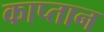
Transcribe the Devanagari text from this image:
काप्तान